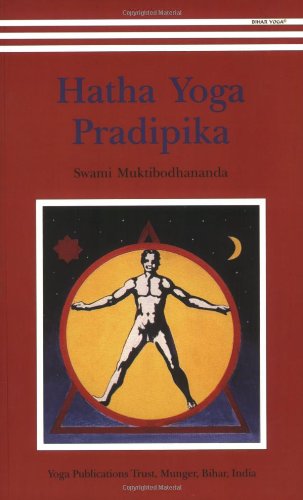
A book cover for Hatha Yoga Pradipika; Swami Muktibodhananda; Health, Fitness & Dieting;